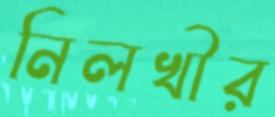
নিলখীর